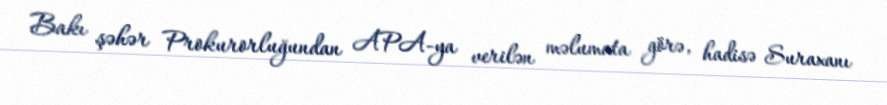
Bakı şəhər Prokurorluğundan APA-ya verilən məlumata görə, hadisə Suraxanı